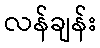
လန်ချန်း